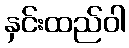
နှင်းထည်ဝါ